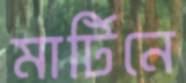
মার্টিনে